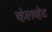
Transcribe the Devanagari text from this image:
व्हेलव्हेट